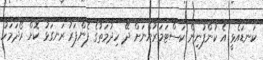
ކަނޑައެޅީ އެ ކުންފުނިން ކަސްޓަމަރުންނަށް ދޭ ހިދުމަތުގެ ފެންފަރު ރަނގަޅު ކޮށް ރޯދަމަހު